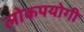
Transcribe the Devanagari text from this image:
लोकपयोगी